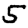
Digit: 5